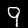
Digit: 9